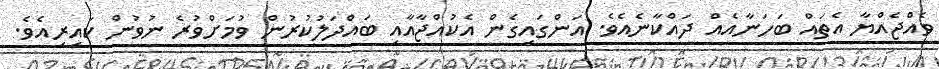
ވެއްޖެއްޔާ އެތައް ބަހަނާއެއް ދައްކާނެއެވެ. އަންގައިގެން އެކުއްޖާއާއި ބައްދަލުކުރުން ވުމަށްވުރެ ނުވުން ކައިރިއެވެ.